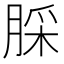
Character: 䐆